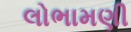
લોભામણી